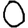
Digit: 0